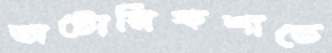
অটোরিকশাতে